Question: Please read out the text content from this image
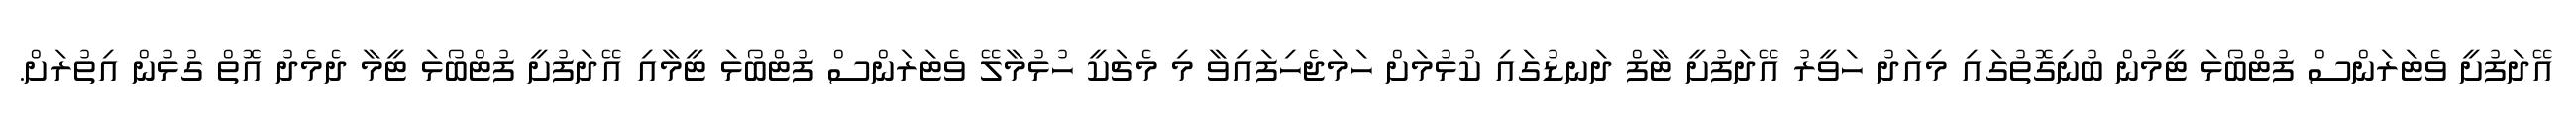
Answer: އޭދަފުށީ ވެޓަރަންސް ފުޓްބޯޅަ ޓީމުން ބުނިގޮތުގައި މިއަދު ހަވީރު އޭދަފުށީ ޓާފް ދަނޑުގައި ކުޅުމަށް ހަމަޖެހިފައިވާ މި މެޗަކީ ހުޅުމާލޭ ވެޓަރަންސް ފުޓްބޯޅަ ޓީމާއި އޭދަފުށީ ފުޓްބޯޅަ ޓީމާ ދެމެދު އޮތް ގުޅުން އިތުރަށް.